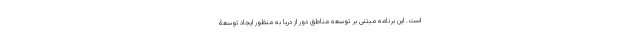
است. این برنامه مبتنی بر توسعه مناطق دور از دریا به منظور ایجاد توسعۀ